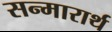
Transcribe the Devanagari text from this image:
सन्मारार्थ